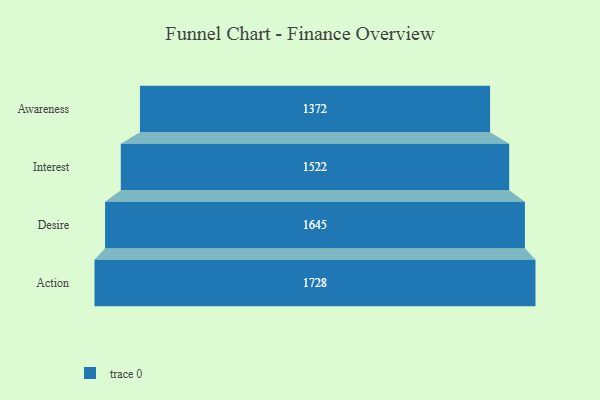
{"axis": {"x": "Stage", "y": "Value"}, "legend": [""], "data": [{"x": "Awareness", "y": 1372.0, "type": ""}, {"x": "Interest", "y": 1522.0, "type": ""}, {"x": "Desire", "y": 1645.0, "type": ""}, {"x": "Action", "y": 1728.0, "type": ""}]}